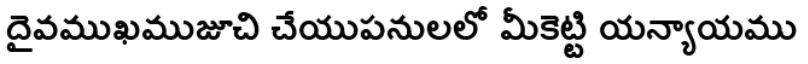
దైవముఖముజూచి చేయుపనులలో మీకెట్టి యన్యాయము